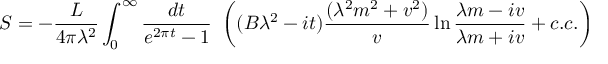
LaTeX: S = - \frac { L } { 4 \pi \lambda ^ { 2 } } \int _ { 0 } ^ { \infty } \frac { d t } { e ^ { 2 \pi t } - 1 } ~ \left( ( B \lambda ^ { 2 } - i t ) \frac { ( \lambda ^ { 2 } m ^ { 2 } + v ^ { 2 } ) } { v } \ln \frac { \lambda m - i v } { \lambda m + i v } + c . c . \right)